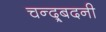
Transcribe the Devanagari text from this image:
चन्द्र्बदनी